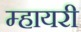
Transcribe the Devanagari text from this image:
म्हायरी